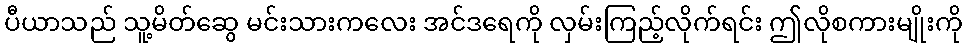
ပီယာသည် သူ့မိတ်ဆွေ မင်းသားကလေး အင်ဒရေကို လှမ်းကြည့်လိုက်ရင်း ဤလိုစကားမျိုးကို